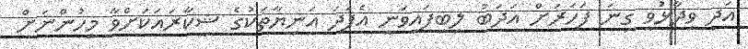
އަދި ވިދާޅުވީ ގިނަ ފަހަރަށް އަދަބު ލިބިފައިވަނީ އެފަދަ އަނިޔާތަކުގެ ޝިކާރައަކަށްވާ މީހުންނަށް